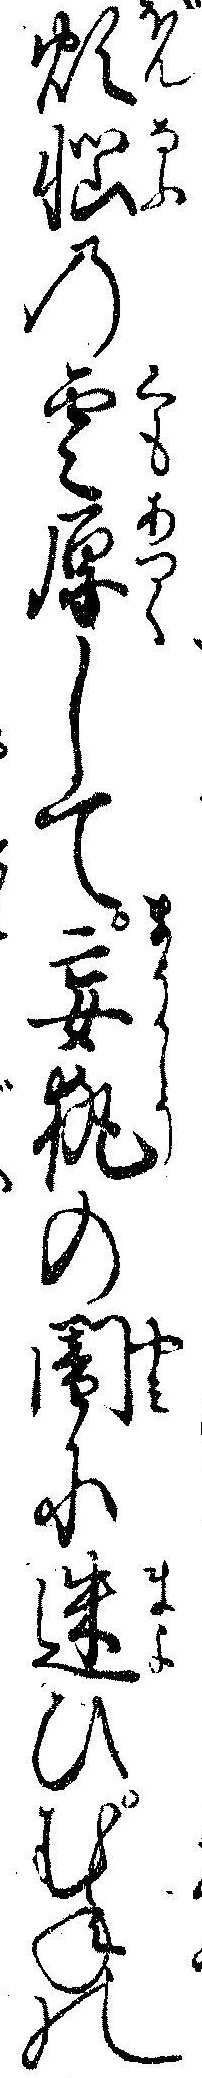
煩悩の雲厚して妄執の闇に迷ひむねの